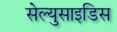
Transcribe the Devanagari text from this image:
सेल्युसाइडिस